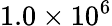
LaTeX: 1.0\times 10^{6}